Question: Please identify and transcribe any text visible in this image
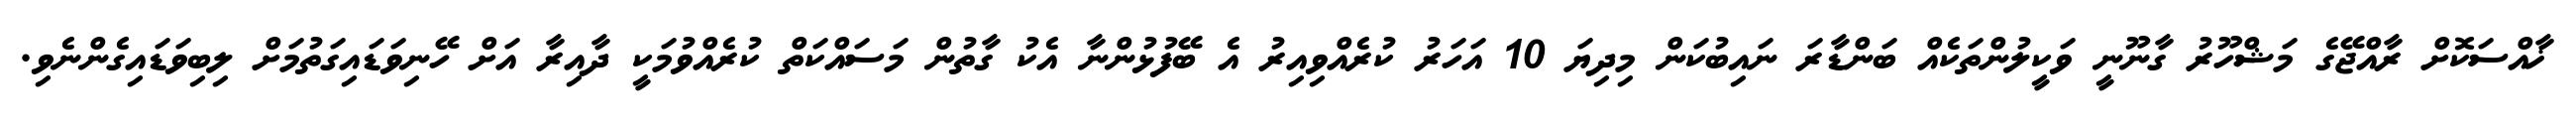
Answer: ޚާއްސަކޮށް ރާއްޖޭގެ މަޝްހޫރު ގާނޫނީ ވަކީލުންތަކެއް ބަންޑާރަ ނައިބުކަން މިދިޔަ 10 އަހަރު ކުރެއްވިއިރު އެ ބޭފުޅުންނާ އެކު ގާތުން މަސައްކަތް ކުރެއްވުމަކީ ދާއިރާ އަށް ހޭނިވަޑައިގަތުމަށް ލިބިވަޑައިގެންނެވި.